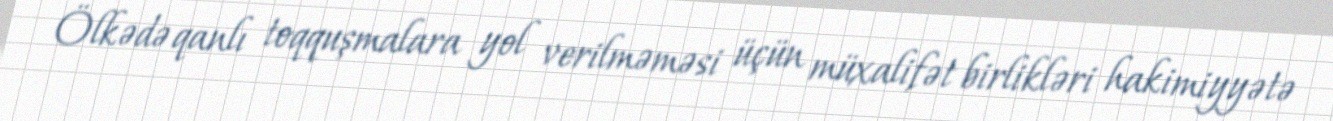
Ölkədə qanlı toqquşmalara yol verilməməsi üçün müxalifət birlikləri hakimiyyətə